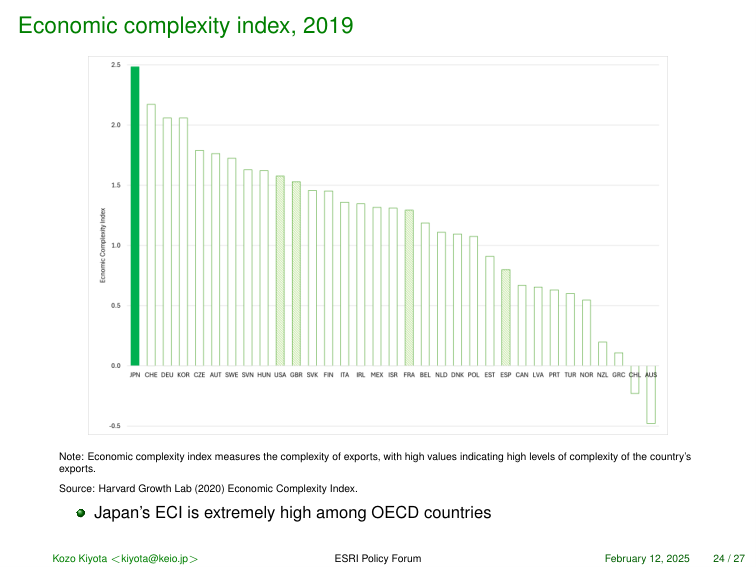
Economic complexity index, 2019

Economic Complexity Index
2.5
2.0
1.5
1.0
0.5
0.0
-0.5

JPN CHE DEU KOR CZE AUT SWE SVN HUN USA GBR SVK FIN ITA IRL MEX ISR FRA BEL NLD DNK POL EST ESP CAN LVA PRT TUR NOR NZL GRC CHL AUS

Note: Economic complexity index measures the complexity of exports, with high values indicating high levels of complexity of the country’s exports.
Source: Harvard Growth Lab (2020) Economic Complexity Index.
• Japan's ECI is extremely high among OECD countries

Kozo Kiyota <kiyota@keio.jp> ESRI Policy Forum February 12, 2025 24 / 27